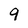
Character: 9